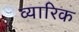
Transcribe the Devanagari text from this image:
व्यारिक